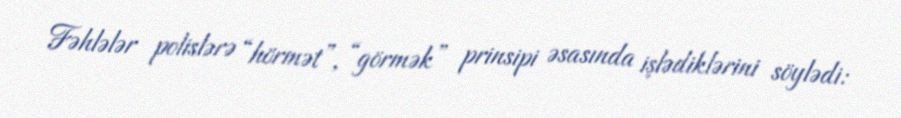
Fəhlələr polislərə “hörmət”, “görmək” prinsipi əsasında işlədiklərini söylədi: